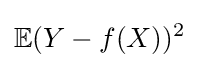
\mathbb {E} (Y-f(X))^{2}